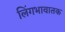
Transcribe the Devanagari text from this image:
लिंगभावातक